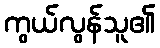
ကွယ်လွန်သူ၏